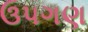
ઉપગણ